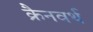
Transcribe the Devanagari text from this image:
क्रैनवर्थ